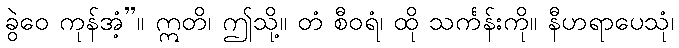
ခွဲဝေ ကုန်အံ့”။ ဣတိ၊ ဤသို့။ တံ စီဝရံ၊ ထို သင်္ကန်းကို။ နီဟရာပေသုံ၊